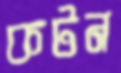
কটন